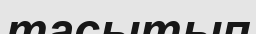
тасытып